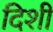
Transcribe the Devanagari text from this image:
दिशी